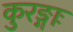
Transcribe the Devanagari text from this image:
कुरङ्गाः